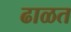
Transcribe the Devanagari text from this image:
ढाळत